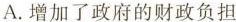
A.增加了政府的财政负担